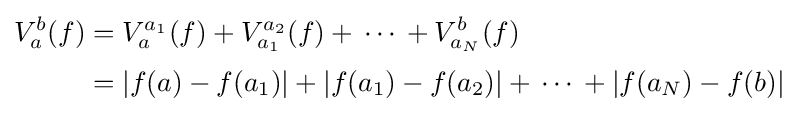
{\begin{aligned}V_{a}^{b}(f)&=V_{a}^{a_{1}}(f)+V_{a_{1}}^{a_{2}}(f)+\,\cdots \,+V_{a_{N}}^{b}(f)\\[0.3em]&=|f(a)-f(a_{1})|+|f(a_{1})-f(a_{2})|+\,\cdots \,+|f(a_{N})-f(b)|\end{aligned}}